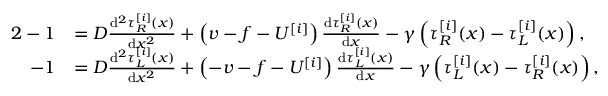
\begin{array} { r l } { { 2 } - 1 } & { = D \frac { \mathrm { d } ^ { 2 } \tau _ { R } ^ { [ i ] } ( x ) } { \mathrm { d } x ^ { 2 } } + \left( v - f - U ^ { [ i ] } \right) \frac { \mathrm { d } \tau _ { R } ^ { [ i ] } ( x ) } { \mathrm { d } x } - \gamma \left( \tau _ { R } ^ { [ i ] } ( x ) - \tau _ { L } ^ { [ i ] } ( x ) \right) , } \\ { - 1 } & { = D \frac { \mathrm { d } ^ { 2 } \tau _ { L } ^ { [ i ] } ( x ) } { \mathrm { d } x ^ { 2 } } + \left( - v - f - U ^ { [ i ] } \right) \frac { \mathrm { d } \tau _ { L } ^ { [ i ] } ( x ) } { \mathrm { d } x } - \gamma \left( \tau _ { L } ^ { [ i ] } ( x ) - \tau _ { R } ^ { [ i ] } ( x ) \right) , } \end{array}